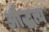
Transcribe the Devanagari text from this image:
औद्धत्य